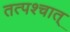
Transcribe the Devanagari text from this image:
तत्पश्‍चात्